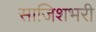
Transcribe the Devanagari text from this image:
साजिशभरी